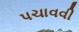
પચાવવી